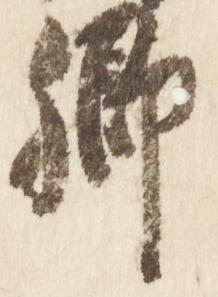
卿